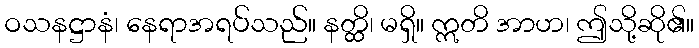
ဝသနဋ္ဌာနံ၊ နေရာအရပ်သည်။ နတ္ထိ၊ မရှိ။ ဣတိ အာဟ၊ ဤသို့ဆို၏။